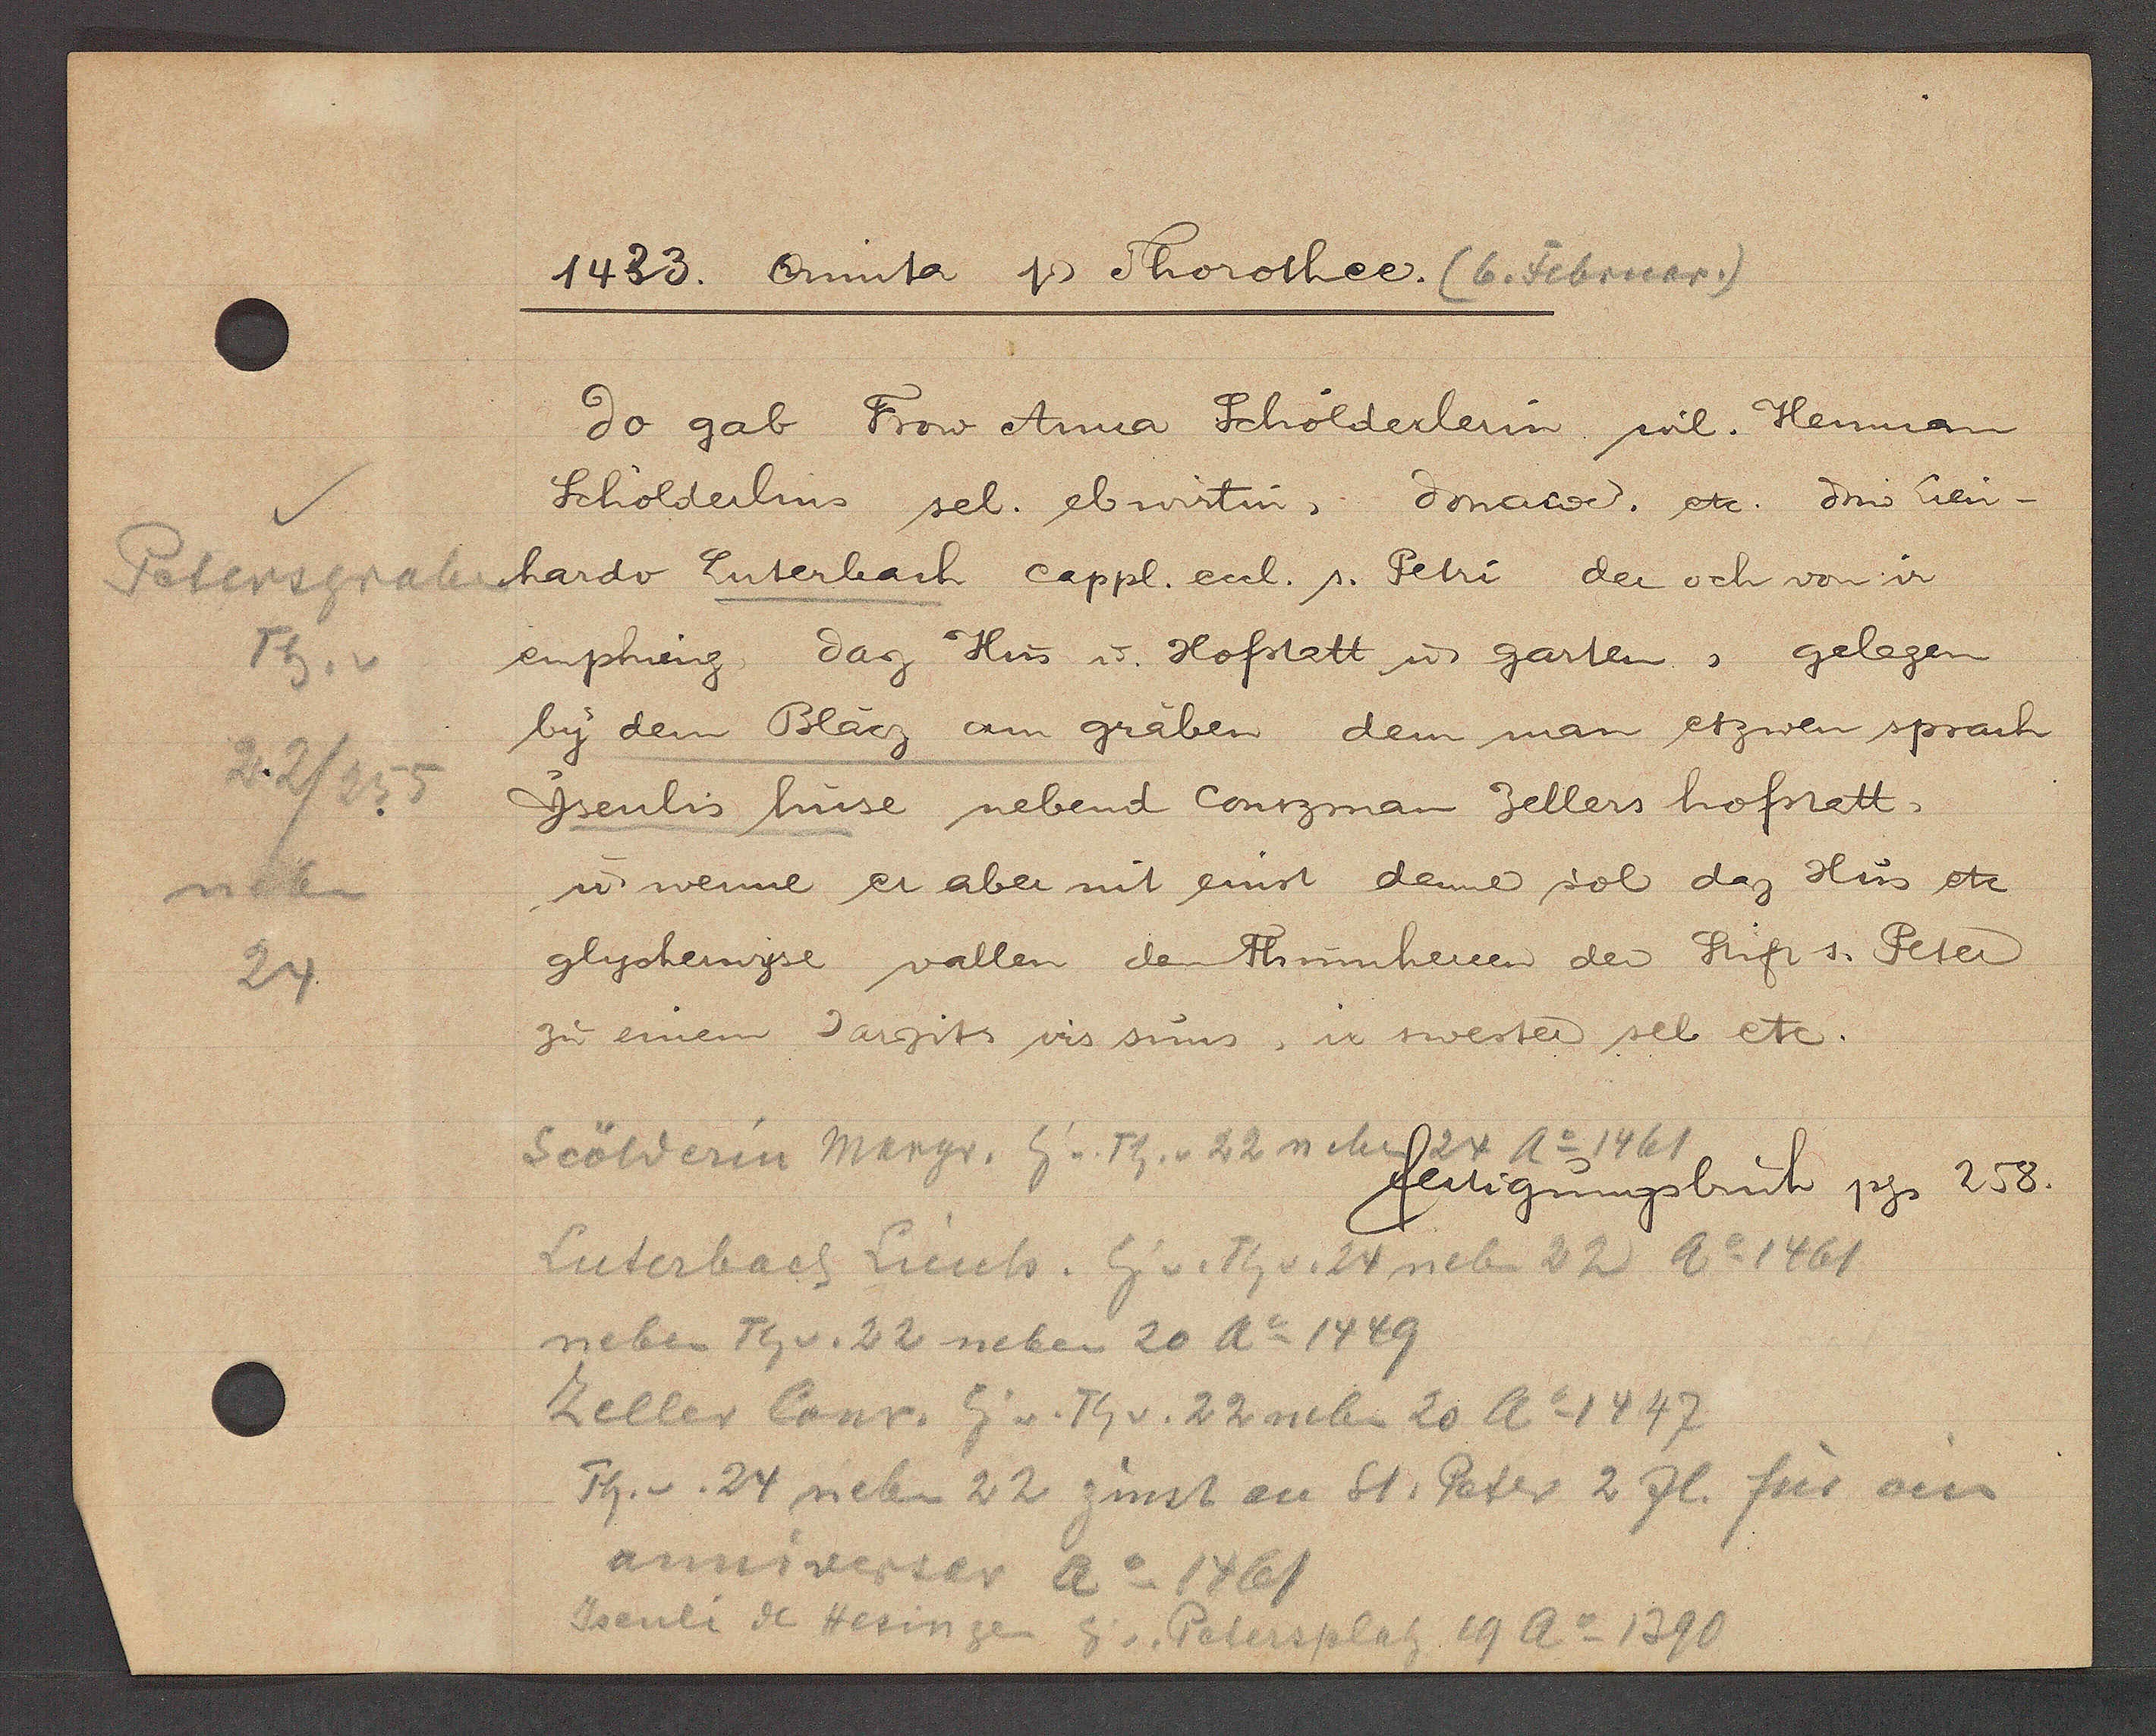
Transcript:
Petersgraben
Th. v
22/255
neben
24

1423. Oninta Ƿ Thorothee. (6. Februar.)

do gab Frow Anna Schölderlerin wil. Henman
Scholderlins sel. eb wirtin, donator. etc. dmo Lien-
hardo Luterbach cappl. eccl. s. Petri der och von ir
emphieng daz Hus u. Hofstatt u. garten, gelegen
by dem Blacz am gräben dem man etzwen sprach
Ysenlis huse nebend Contzman Zellers hofstatt,
u. wenne er aber mit einst denne sol daz Hus etc
glycherwyse vallen dem Thurnherren der Stift s. Peter
zu einem Jarzits irs suns, ir swester sel etc.

Scölderin Margr. Eig v. Th. v 22 neben 24 Ao 1461
Luterbach Lienh. Eig v. Th v. 24 neben 22 Ao 1461
neben Th v. 22 neben 20 Ao 1449
Keller Conr. Eig v. Th v. 22 neben 20 Ao 1447
Th. v. 24 neben 22 zinst an St. Peter 2 fl. für ein
anniverser Ao 1461
Jsenli de Hesingen Eig. Petersplatz 19 Ao 1390

fertigungsbuch pg 258.